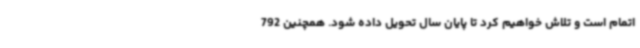
اتمام است و تلاش خواهیم کرد تا پایان سال تحویل داده شود. همچنین 792